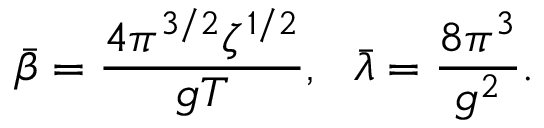
\bar { \beta } = \frac { 4 \pi ^ { 3 / 2 } \zeta ^ { 1 / 2 } } { g T } , ~ ~ \bar { \lambda } = \frac { 8 \pi ^ { 3 } } { g ^ { 2 } } .